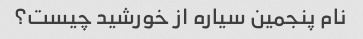
نام پنجمین سیاره از خورشید چیست؟